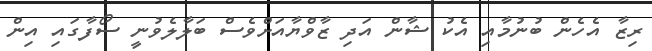
ރިޒާ އެހެން ބުނުމާއި އެކު ޝާން އަދި ޒާވްޔާއަށްވެސް ބަލާލެވުނީ ސޯފާގައި އިން